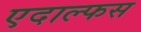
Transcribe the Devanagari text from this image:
एदाल्फस